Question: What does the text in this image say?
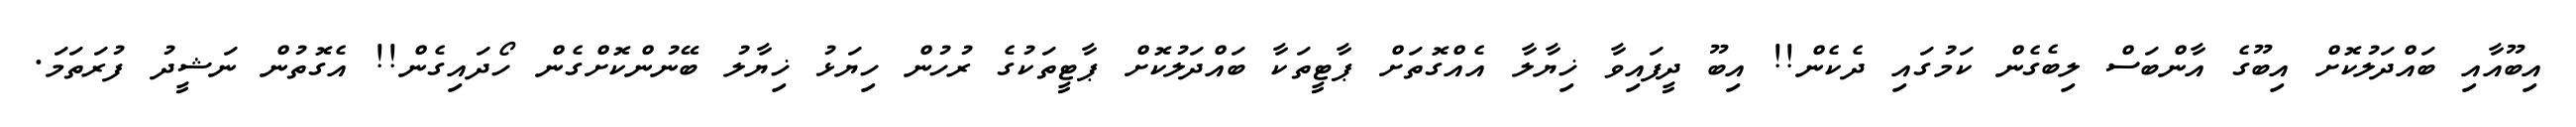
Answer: އިބޫއާއި ބައްދަލުކޮށް އިބޫގެ އާންބަސް ލިބެގެން ކަމުގައި ދެކެން!! އިބޫ ދީފައިވާ ޚިޔާލާ އެއްގޮތަށް ޕާޓީތަކާ ބައްދަލުކޮށް ޕާޓީތަކުގެ ރުހުން ހިޔަޅު ޚިޔާލު ބޭނުންކޮށްގެން ހޯދައިގެން!! އެގޮތުން ނަޝީދު ފުރަތަމަ.